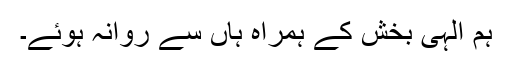
ہم الہی بخش کے ہمراہ ہاں سے روانہ ہوئے۔